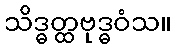
သိဒ္ဓတ္ထဗုဒ္ဓဝံသ။